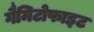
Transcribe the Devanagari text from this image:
गैमिटोफाइट